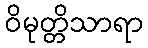
ဝိမုတ္တိသာရာ